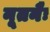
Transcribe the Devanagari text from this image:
नूतनैः